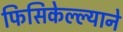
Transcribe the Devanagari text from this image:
फिसिकेल्ल्याने